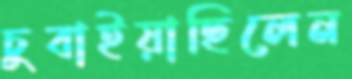
চুবাইয়াছিলেন